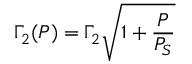
\Gamma _ { 2 } ( P ) = \Gamma _ { 2 } \sqrt { 1 + \frac { P } { P _ { S } } }